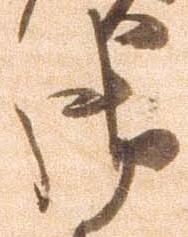
御